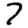
Digit: 7